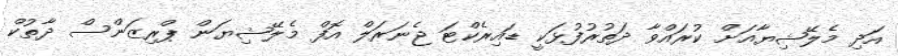
އަދި މެލޭޝިޔާއަށް ކުރައްވާ ދަތުރުފުޅަކީ ޑައިރެކްޓަ ޖެނަރަލް އޮފް މެލޭޝިޔަން ޕްރިޒަންސް ދާތުކް